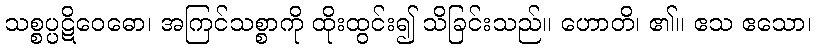
သစ္စပ္ပဋိဝေဓော၊ အကြင်သစ္စာကို ထိုးထွင်း၍ သိခြင်းသည်။ ဟောတိ၊ ၏။ ဧသ ဧသော၊